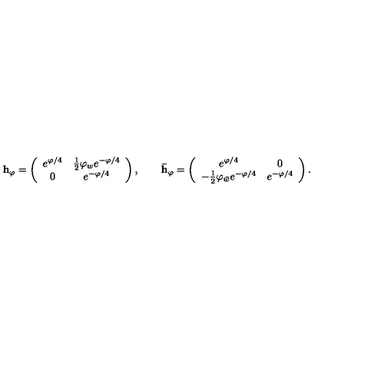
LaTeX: { \bf h _ { \varphi } } = \left( \begin{array} { c c } { e ^ { \varphi / 4 } } & { { \frac { 1 } { 2 } } \varphi _ { w } e ^ { - \varphi / 4 } } \\ { 0 } & { e ^ { - \varphi / 4 } } \\ \end{array} \right) , \qquad { \bf \bar { h } _ { \varphi } } = \left( \begin{array} { c c } { e ^ { \varphi / 4 } } & { 0 } \\ { - { \frac { 1 } { 2 } } \varphi _ { \bar { w } } e ^ { - \varphi / 4 } } & { e ^ { - \varphi / 4 } } \\ \end{array} \right) .